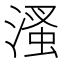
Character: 溞